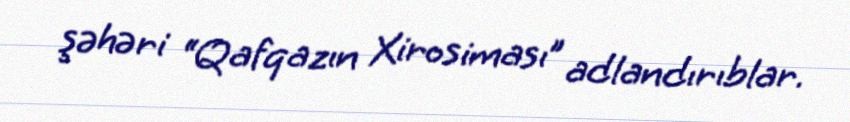
şəhəri “Qafqazın Xirosiması” adlandırıblar.